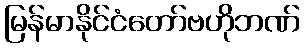
မြန်မာနိုင်ငံတော်ဗဟိုဘဏ်